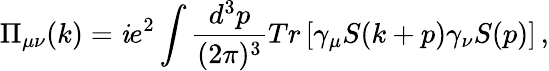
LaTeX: \Pi_{\mu\nu}(k)=\mathit{i}e^{2}\int{{\frac{{d^{3}p}}{{(2\pi)^{3}}}}Tr\left[\gamma_{\mu}S(k+p)\gamma_{\nu}S(p)\right]}\, ,